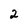
Character: 2